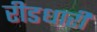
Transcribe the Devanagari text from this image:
रीडधारी